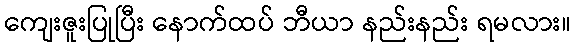
ကျေးဇူးပြုပြီး နောက်ထပ် ဘီယာ နည်းနည်း ရမလား။